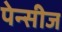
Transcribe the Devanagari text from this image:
पेन्सीज